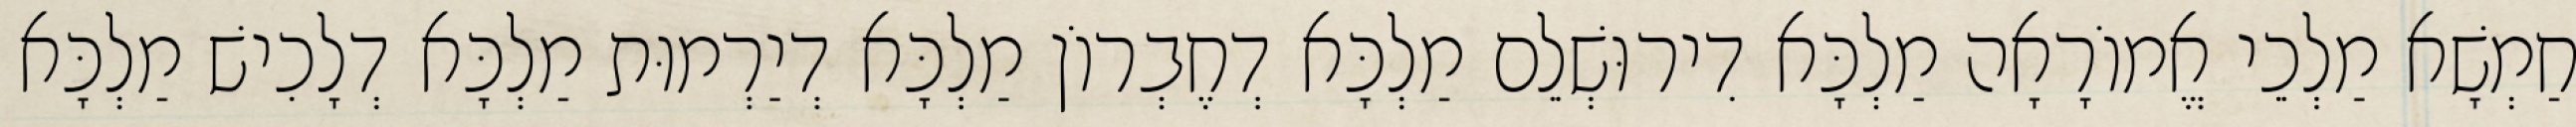
חַמְשָׁא מַלְכֵי אֱמוֹרָאָה מַלְכָּא דִירוּשְׁלֵם מַלְכָּא דְחֶבְרוֹן מַלְכָּא דְיַרְמוּת מַלְכָּא דְלָכִישׁ מַלְכָּא